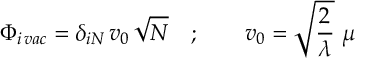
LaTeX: \Phi _ { i \, v a c } = \delta _ { i N } \, v _ { 0 } \, \sqrt { N } \quad ; \qquad v _ { 0 } = \sqrt { { \frac { 2 } { \lambda } } } \ \mu